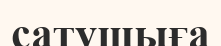
сатушыға